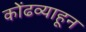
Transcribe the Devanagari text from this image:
कोंढव्याहून